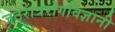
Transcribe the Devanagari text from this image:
जठरांत्ररोगविज्ञानी